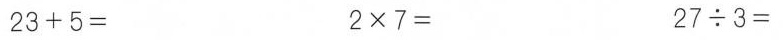
$$2 3 + 5 = $$2 \times 7 =$$ $$2 7 \div 3 =$$